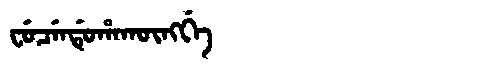
Manchu: ᠸᡠᠴᡝᠨᡩᡠᡥᠠᡴᡡᠩᡤᡝ
Romanization: FUCENDUHAKŪNGGE